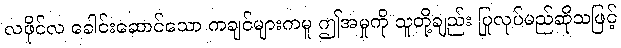
လဖိုင်လ ခေါင်းဆောင်သော ကချင်များကမူ ဤအမှုကို သူတို့ချည်း ပြုလုပ်မည်ဆိုသဖြင့်